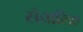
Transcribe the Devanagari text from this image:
संचालिए